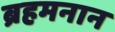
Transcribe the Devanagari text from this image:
ब्रहमनान